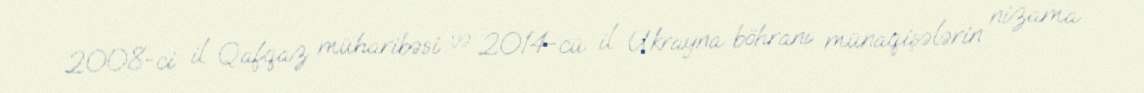
2008-ci il Qafqaz müharibəsi və 2014-cü il Ukrayna böhranı münaqişələrin nizama